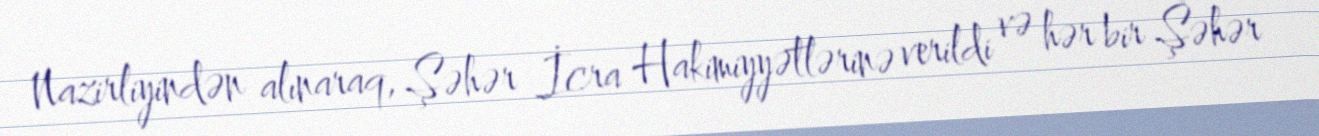
Nazirliyindən alınaraq, Şəhər İcra Hakimiyyətlərinə verildi və hər bir Şəhər